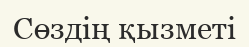
Сөздің қызметі